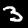
Digit: 3